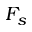
F _ { s }